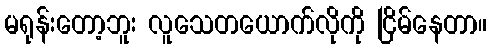
မရုန်းတော့ဘူး လူသေတယောက်လိုကို ငြိမ်နေတာ။